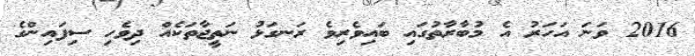
2016 ވަނަ އަހަރު އެ މުބާރާތުގައި ބައިވެރިވެ ރަނގަޅު ނަތީޖާތަކެއް ދިވެހި ސިފައިންގެ